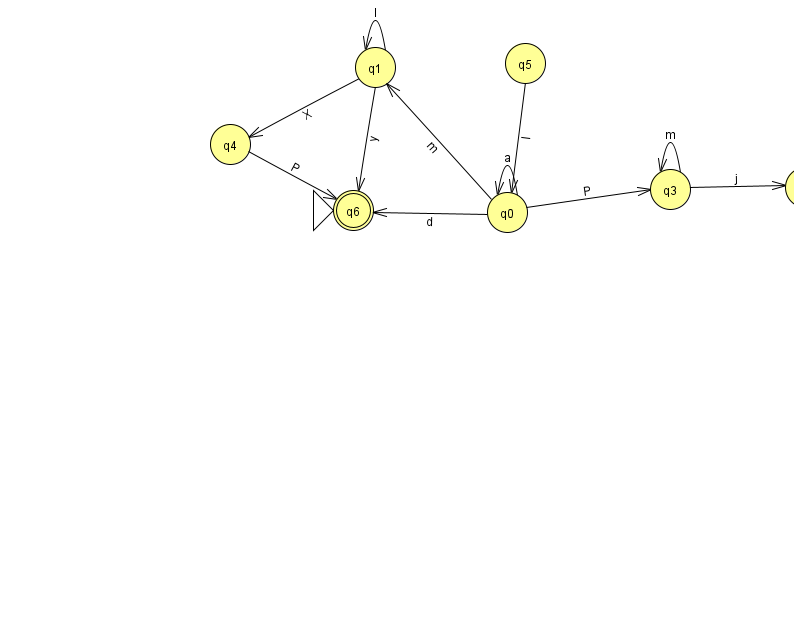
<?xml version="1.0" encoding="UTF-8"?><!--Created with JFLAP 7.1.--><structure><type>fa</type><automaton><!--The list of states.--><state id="0" name="q0"><x>507.0</x><y>199.0</y></state><state id="1" name="q1"><x>375.0</x><y>54.0</y></state><state id="2" name="q2"><x>805.0</x><y>174.0</y></state><state id="3" name="q3"><x>670.0</x><y>176.0</y></state><state id="4" name="q4"><x>230.0</x><y>131.0</y></state><state id="5" name="q5"><x>525.0</x><y>50.0</y></state><state id="6" name="q6"><x>353.0</x><y>197.0</y><initial/><final/></state><!--The list of transitions.--><transition><from>0</from><to>0</to><read>a</read></transition><transition><from>3</from><to>2</to><read>j</read></transition><transition><from>1</from><to>4</to><read>X</read></transition><transition><from>0</from><to>3</to><read>P</read></transition><transition><from>0</from><to>6</to><read>d</read></transition><transition><from>1</from><to>1</to><read>I</read></transition><transition><from>1</from><to>6</to><read>y</read></transition><transition><from>0</from><to>1</to><read>m</read></transition><transition><from>3</from><to>3</to><read>m</read></transition><transition><from>5</from><to>0</to><read>I</read></transition><transition><from>4</from><to>6</to><read>P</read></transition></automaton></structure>